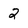
Character: 2